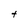
Character: t